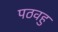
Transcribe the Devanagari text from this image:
पठवहु